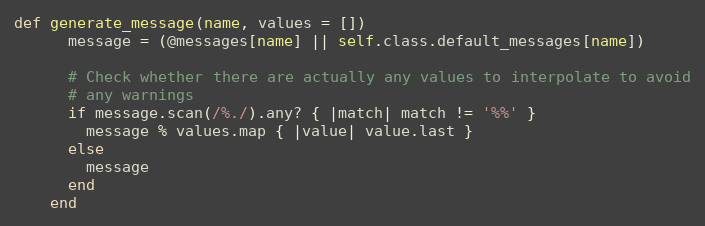
Language: Ruby
def generate_message(name, values = [])
      message = (@messages[name] || self.class.default_messages[name])

      # Check whether there are actually any values to interpolate to avoid
      # any warnings
      if message.scan(/%./).any? { |match| match != '%%' }
        message % values.map { |value| value.last }
      else
        message
      end
    end